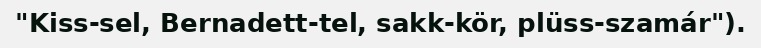
"Kiss-sel, Bernadett-tel, sakk-kör, plüss-szamár").